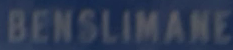
BENSILIMANE